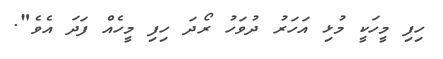
ހިފި މީހަކީ މުޅި އަހަރު ދުވަހު ރޯދަ ހިފި މީހެއް ފަދަ އެވެ".